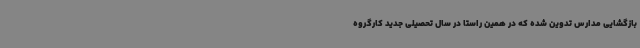
بازگشایی مدارس تدوین شده که در همین راستا در سال تحصیلی جدید کارگروه